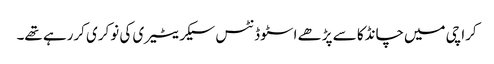
کراچی میں‌چانڈکا سے پڑھے اسٹوڈنٹس سیکریٹیری کی نوکری کررہے تھے۔